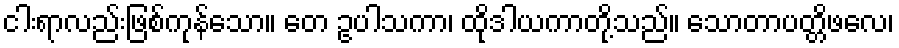
ငါးရာလည်းဖြစ်ကုန်သော။ တေ ဥပါသကာ၊ ထိုဒါယကာတို့သည်။ သောတာပတ္တိဖလေ၊